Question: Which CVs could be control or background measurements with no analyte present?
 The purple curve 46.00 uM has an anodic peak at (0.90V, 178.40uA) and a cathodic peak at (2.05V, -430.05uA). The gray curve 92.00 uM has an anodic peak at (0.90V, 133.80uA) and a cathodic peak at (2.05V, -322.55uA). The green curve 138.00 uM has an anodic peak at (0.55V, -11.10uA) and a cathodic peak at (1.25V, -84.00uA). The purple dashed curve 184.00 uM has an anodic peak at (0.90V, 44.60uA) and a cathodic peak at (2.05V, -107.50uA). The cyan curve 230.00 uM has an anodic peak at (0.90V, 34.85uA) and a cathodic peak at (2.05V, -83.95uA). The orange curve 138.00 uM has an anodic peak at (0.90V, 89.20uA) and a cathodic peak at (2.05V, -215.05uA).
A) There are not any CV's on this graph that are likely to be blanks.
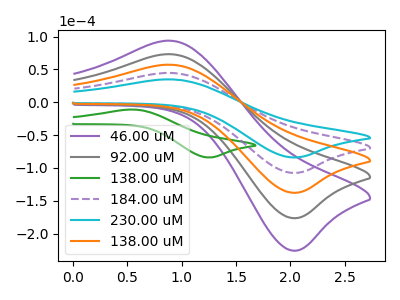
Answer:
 <answer>A) There are not any CV's on this graph that are likely to be blanks.</answer>
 <eval>A</eval>